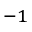
^ { - 1 }